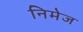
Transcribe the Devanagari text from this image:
निमेज